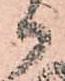
御